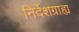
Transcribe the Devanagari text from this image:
निर्देशग्राह्य